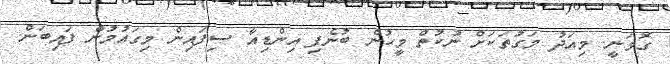
ގޮވަނީ. މިއަދު މަގުތަކަށް ނުކުތް މީހުން ބުނެފި އިންޑިއާ ސިފައިން މިގައުމުން ފައިބަން.